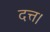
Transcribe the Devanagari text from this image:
दत्त।